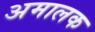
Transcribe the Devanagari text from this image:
अमालक